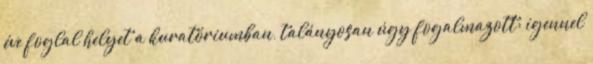
éve foglal helyet a kuratóriumban, talányosan úgy fogalmazott: igennel